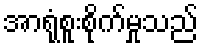
အာရုံစူးစိုက်မှုသည်